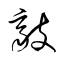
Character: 敲